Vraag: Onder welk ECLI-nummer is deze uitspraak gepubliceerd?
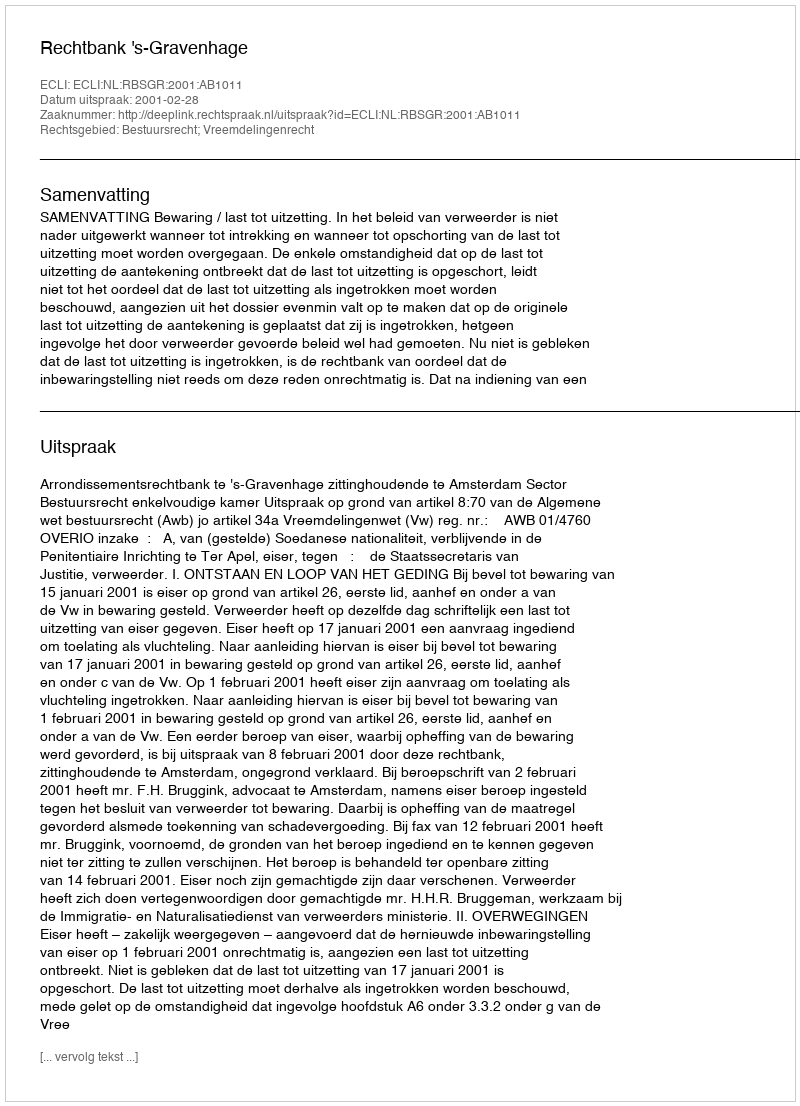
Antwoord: ECLI:NL:RBSGR:2001:AB1011